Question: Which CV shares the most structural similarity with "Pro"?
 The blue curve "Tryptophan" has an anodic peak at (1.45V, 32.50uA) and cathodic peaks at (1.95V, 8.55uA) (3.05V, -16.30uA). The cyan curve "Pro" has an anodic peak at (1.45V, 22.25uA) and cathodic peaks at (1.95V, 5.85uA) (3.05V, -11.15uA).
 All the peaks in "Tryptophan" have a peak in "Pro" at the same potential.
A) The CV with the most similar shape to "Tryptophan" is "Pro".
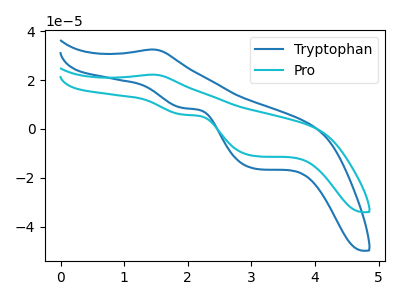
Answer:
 <answer>A) The CV with the most similar shape to "Tryptophan" is "Pro".</answer>
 <eval>A</eval>